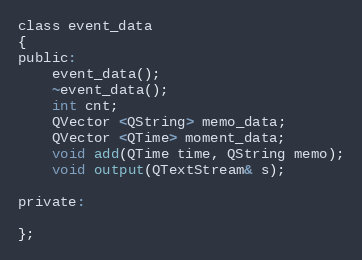
Language: C
class event_data
{
public:
    event_data();
    ~event_data();
    int cnt;
    QVector <QString> memo_data;
    QVector <QTime> moment_data;
    void add(QTime time, QString memo);
    void output(QTextStream& s);

private:

};